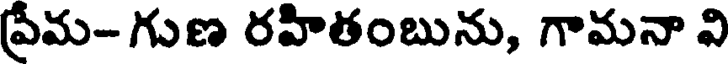
ప్రేమ-గుణ రహితంబును, గామనా వి